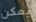
يمكن